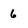
Character: 6